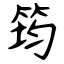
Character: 筠